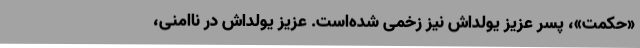
«حکمت»، پسر عزیز یولداش نیز زخمی شده‌است. عزیز یولداش در ناامنی،